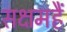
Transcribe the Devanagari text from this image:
सक्षमहैं